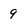
Character: 9